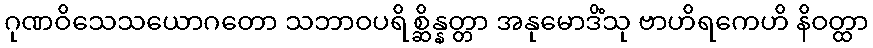
ဂုဏဝိသေသယောဂတော သဘာဝပရိစ္ဆိန္နတ္တာ အနုမောဒိံသု ဗာဟိရကေဟိ နိဝတ္ထာ